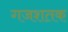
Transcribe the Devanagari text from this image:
गजशतक